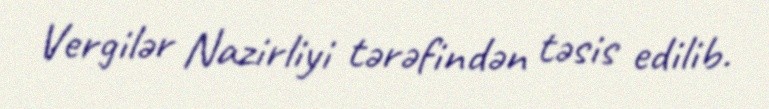
Vergilər Nazirliyi tərəfindən təsis edilib.